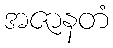
အဇာနတံ